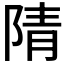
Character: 𮸨